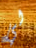
لي